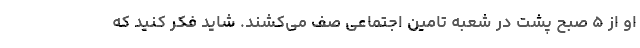
او از ۵ صبح پشت در شعبه تامین اجتماعی صف می‌کشند. شاید فکر کنید که